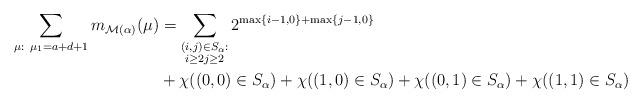
LaTeX: \begin{align*} \sum_{\mu: \ \mu_1=a+d+1} m_{\mathcal{M}(\alpha)}(\mu)&=\sum_{\substack{(i,j)\in S_\alpha:\\ i\geq 2j\geq 2}}2^{\max\{i-1,0\}+\max\{j-1,0\}}\\&+\chi((0,0)\in S_\alpha)+\chi((1,0)\in S_\alpha)+\chi((0,1)\in S_\alpha)+\chi((1,1)\in S_\alpha)\end{align*}